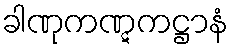
ခါဏုကဏ္ဋကဋ္ဌာနံ